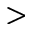
>